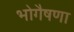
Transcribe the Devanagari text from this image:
भोगैषणा